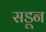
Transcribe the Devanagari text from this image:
सडून